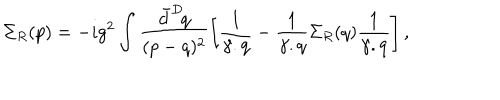
LaTeX: \Sigma _ { R } ( p ) = - i g ^ { 2 } \int \frac { \bar { d } ^ { D } \! q } { ( p - q ) ^ { 2 } } \left[ \frac { 1 } { \gamma . q } - \frac { 1 } { \gamma . q } \Sigma _ { R } ( q ) \frac { 1 } { \gamma . q } \right] ,